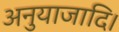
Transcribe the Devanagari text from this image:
अनुयाजादि।